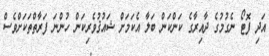
އަދި ފޮޓޯ ނެގުމުގެ ދާއިރާގެ ކަންކަން ބަލާ އެކަމަށް ޝައުޤުވެރިކަން ހުންނަ ފަރާތްތަކަށްވެސް